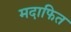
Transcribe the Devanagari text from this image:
मदाफित